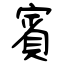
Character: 賓